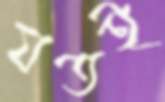
যতই